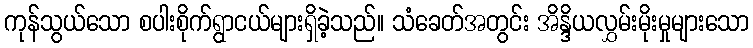
ကုန်သွယ်သော စပါးစိုက်ရွာငယ်များရှိခဲ့သည်။ သံခေတ်အတွင်း အိန္ဒိယလွှမ်းမိုးမှုများသော